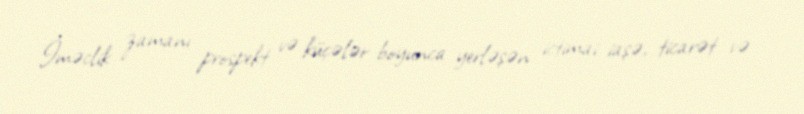
İməclik zamanı prospekt və küçələr boyunca yerləşən ictimai iaşə, ticarət və